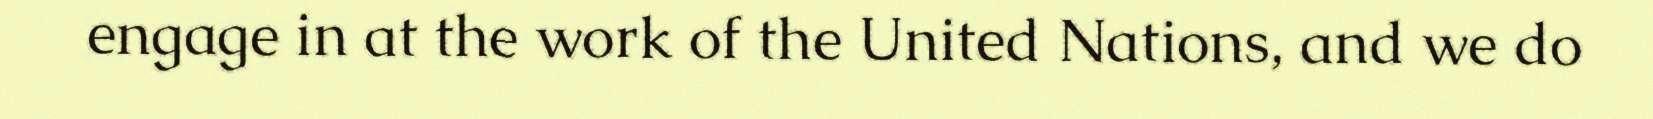
engage in at the work of the United Nations, and we do